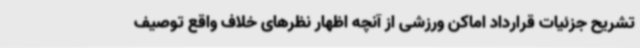
تشریح جزئیات قرارداد اماکن ورزشی از آنچه اظهار نظرهای خلاف واقع توصیف